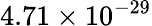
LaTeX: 4.71\times 10^{-29}